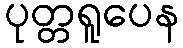
ပုတ္တရူပေန